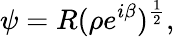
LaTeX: \psi=R(\rho e^{i\beta})^{\frac{1}{2}},